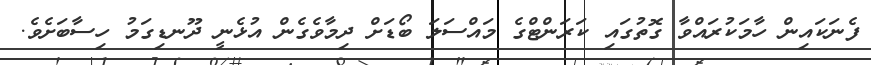
ފެނަކައިން ހާމަކުރަައްވާ ގޮތުގައި ކަރަންޓްގެ މައްސަލަ ބޯޑަށް ދިމާވެގެން އުޅެނީ ދޫނޑިގަމު ހިސާބަށެވެ.